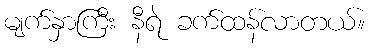
မျက်နှာကြီး နီရဲ ခက်ထန်လာတယ်။